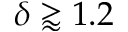
\delta \gtrapprox 1 . 2